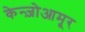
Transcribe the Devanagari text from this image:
केन्ज़ोआमूर